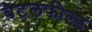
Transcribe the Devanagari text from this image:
बैटलफील्ड